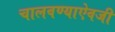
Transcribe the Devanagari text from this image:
चालवण्याऐवजी